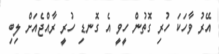
އޭރު ވާހަކަ ހުރި ގޮތުން ހީވީ އެ ގޮނޑި ހުރީ ރާއްޖެއަށް ލިބި